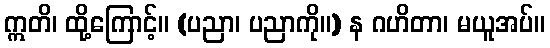
ဣတိ၊ ထို့ကြောင့်။ (ပညာ၊ ပညာကို။) န ဂဟိတာ၊ မယူအပ်။